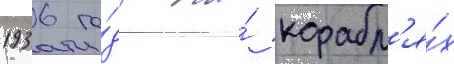
1936 го́да на́ корабл'я́х